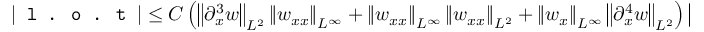
| \texttt { l . o . t } | \leq C \left( \left\| \partial _ { x } ^ { 3 } w \right\| _ { L ^ { 2 } } \left\| w _ { x x } \right\| _ { L ^ { \infty } } + \left\| w _ { x x } \right\| _ { L ^ { \infty } } \left\| w _ { x x } \right\| _ { L ^ { 2 } } + \left\| w _ { x } \right\| _ { L ^ { \infty } } \left\| \partial _ { x } ^ { 4 } w \right\| _ { L ^ { 2 } } \right) \left\| \partial _ { x } ^ { 3 } w _ { t } \right\| _ { L ^ { 2 } } ,